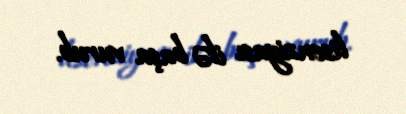
lisenziyası ilə başa vurub.